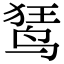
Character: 𫛭